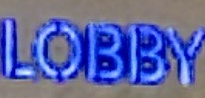
LOBBY